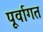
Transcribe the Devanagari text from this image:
पूर्वागत